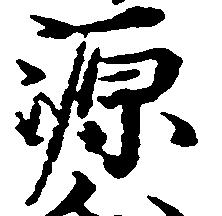
源